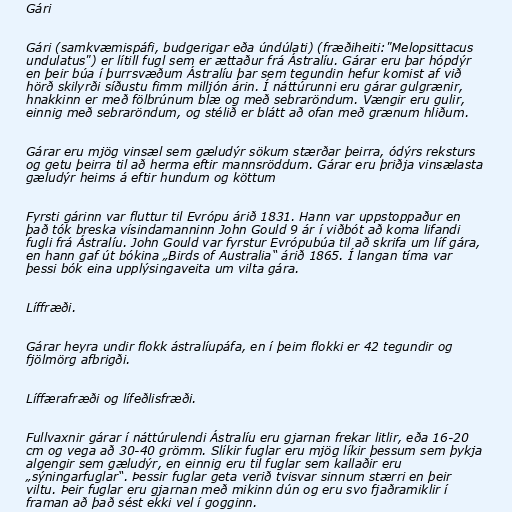
Gári

Gári (samkvæmispáfi, budgerigar eða úndúlati) (fræðiheiti:"Melopsittacus
undulatus") er lítill fugl sem er ættaður frá Ástralíu. Gárar eru þar hópdýr
en þeir búa í þurrsvæðum Ástralíu þar sem tegundin hefur komist af við
hörð skilyrði síðustu fimm milljón árin. Í náttúrunni eru gárar gulgrænir,
hnakkinn er með fölbrúnum blæ og með sebraröndum. Vængir eru gulir,
einnig með sebraröndum, og stélið er blátt að ofan með grænum hliðum.

Gárar eru mjög vinsæl sem gæludýr sökum stærðar þeirra, ódýrs reksturs
og getu þeirra til að herma eftir mannsröddum. Gárar eru þriðja vinsælasta
gæludýr heims á eftir hundum og köttum

Fyrsti gárinn var fluttur til Evrópu árið 1831. Hann var uppstoppaður en
það tók breska vísindamanninn John Gould 9 ár í viðbót að koma lifandi
fugli frá Ástralíu. John Gould var fyrstur Evrópubúa til að skrifa um líf gára,
en hann gaf út bókina „Birds of Australia“ árið 1865. Í langan tíma var
þessi bók eina upplýsingaveita um vilta gára.

Líffræði.

Gárar heyra undir flokk ástralíupáfa, en í þeim flokki er 42 tegundir og
fjölmörg afbrigði.

Líffærafræði og lífeðlisfræði.

Fullvaxnir gárar í náttúrulendi Ástralíu eru gjarnan frekar litlir, eða 16-20
cm og vega að 30-40 grömm. Slíkir fuglar eru mjög líkir þessum sem þykja
algengir sem gæludýr, en einnig eru til fuglar sem kallaðir eru
„sýningarfuglar“. Þessir fuglar geta verið tvisvar sinnum stærri en þeir
viltu. Þeir fuglar eru gjarnan með mikinn dún og eru svo fjaðramiklir í
framan að það sést ekki vel í gogginn.